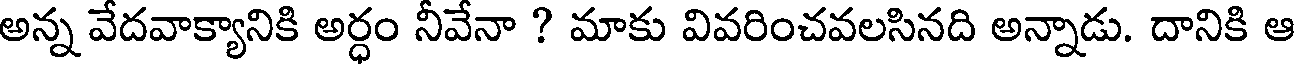
అన్న వేదవాక్యానికి అర్ధం నీవేనా ? మాకు వివరించవలసినది అన్నాడు. దానికి ఆ